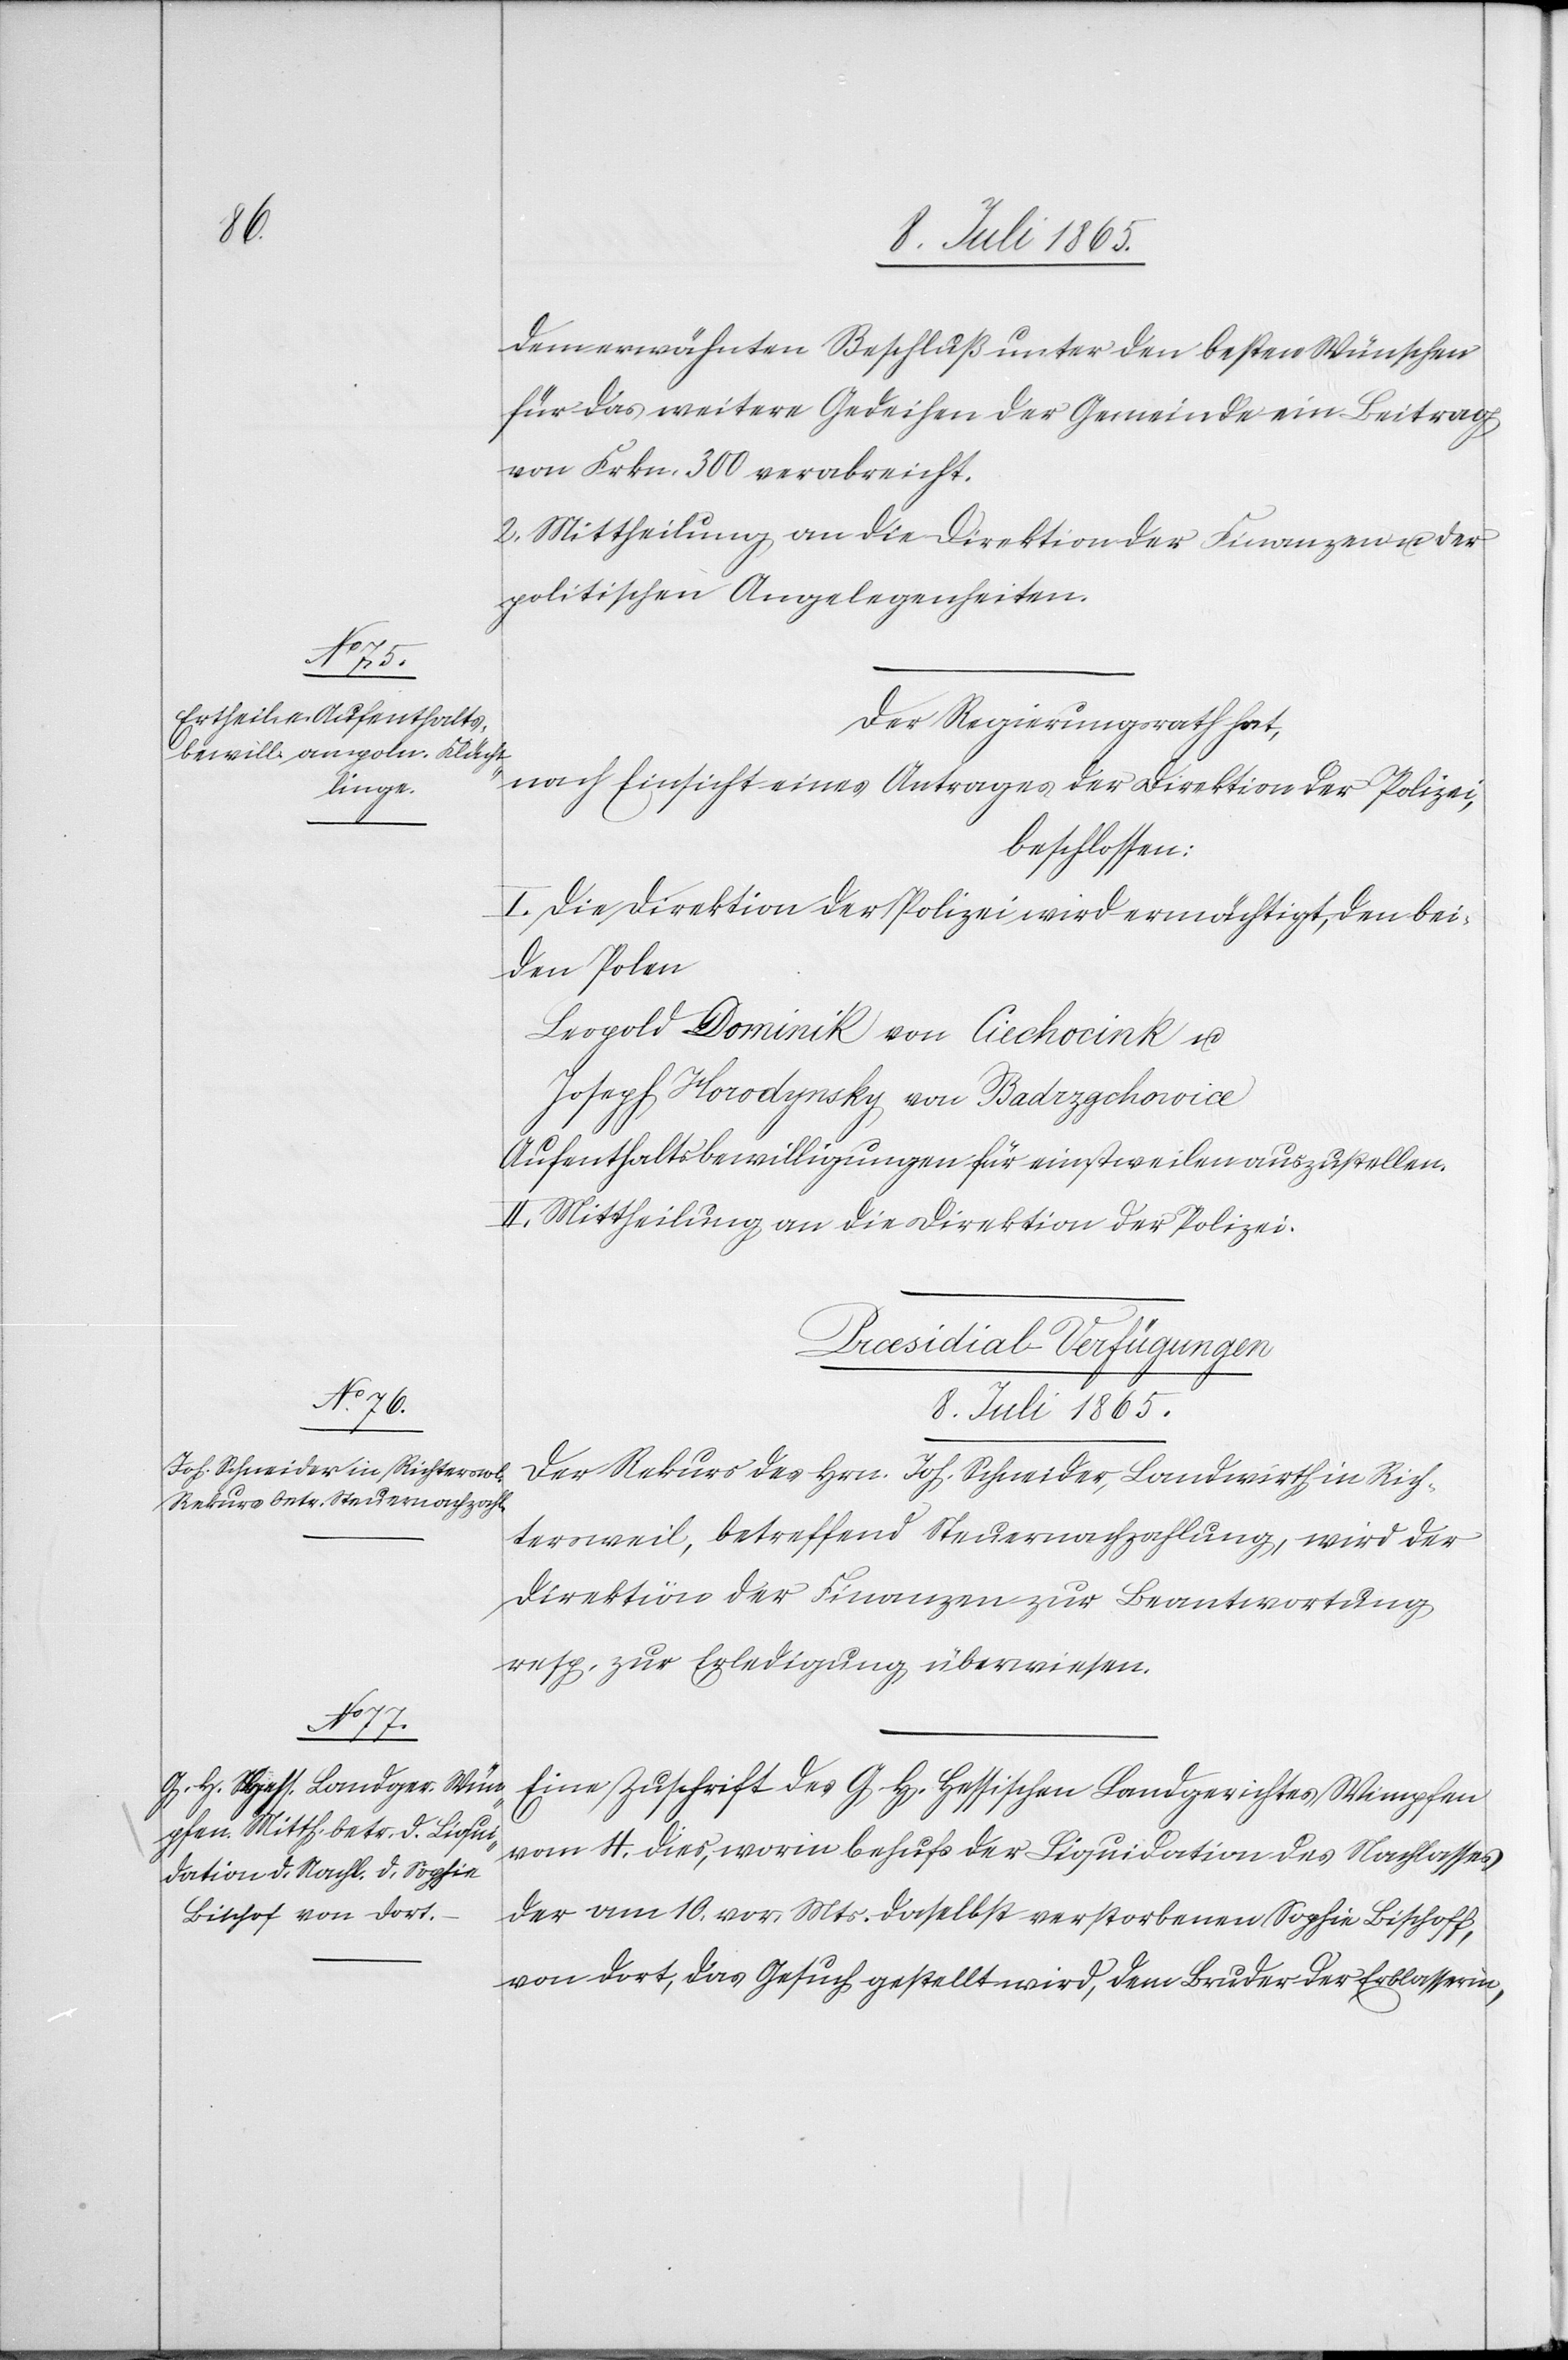
dem erwähnten Beschluß unter den besten Wünschen
für das weitere Gedeihen der Gemeinde ein Beitrag
von Frkn. 300 verabreicht.
2. Mittheilung an die Direktion der Finanzen u. der
politischen Angelegenheiten.
Der Regierungsrath hat,
nach Einsicht eines Antrages der Direktion der Polizei,
beschlossen:
I. Die Direktion der Polizei wird ermächtigt, den bei¬
den Polen
Leopold Dominik von Ciechocink u.
Joseph Horodynsky von Badrzgchovice
Aufenthaltsbewilligungen für einstweilen auszustellen.
II. Mittheilung an die Direktion der Polizei.
[Præsidial-Verfügungen
8. Juli 1865.]
Der Rekurs des Hrn. Joh. Schneider, Landwirth in Rich¬
tersweil, betreffend Steuernachzahlung, wird der
Direktion der Finanzen zur Beantwortung
resp. zur Erledigung überwiesen.
Eine Zuschrift des G. H. Hessischen Landgerichtes Wimpfen
vom 4. dies, worin behufs der Liquidation des Nachlasses
der am 10. vor. Mts. daselbst verstorbenen Sophie Bischoff
von dort, das Gesuch gestellt wird, dem Bruder der Erblasserin,